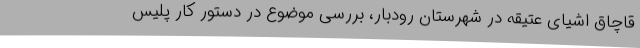
قاچاق اشیای عتیقه در شهرستان رودبار، بررسی موضوع در دستور کار پلیس